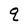
Character: q